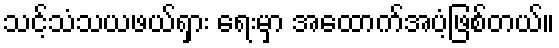
သင့်သံသယဖယ်ရှား ရေးမှာ အထောက်အပံ့ဖြစ်တယ်။